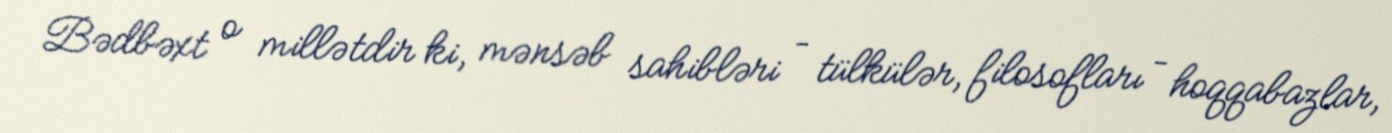
Bədbəxt o millətdir ki, mənsəb sahibləri – tülkülər, filosofları – hoqqabazlar,